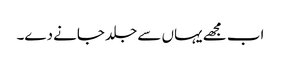
اب مجھے یہاں سے جلد جانے دے۔